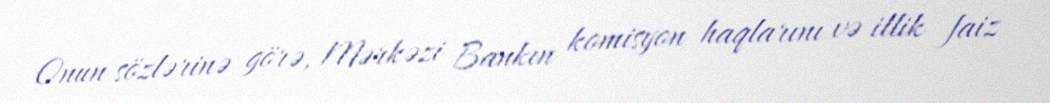
Onun sözlərinə görə, Mərkəzi Bankın komisyon haqlarını və illik faiz